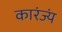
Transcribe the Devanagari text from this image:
कारंज्यं